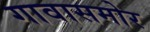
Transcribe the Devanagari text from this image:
गावासमोर